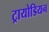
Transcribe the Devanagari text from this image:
ट्रायोडियन